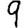
Digit: 9